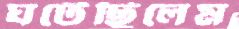
ঘটেছিলেম